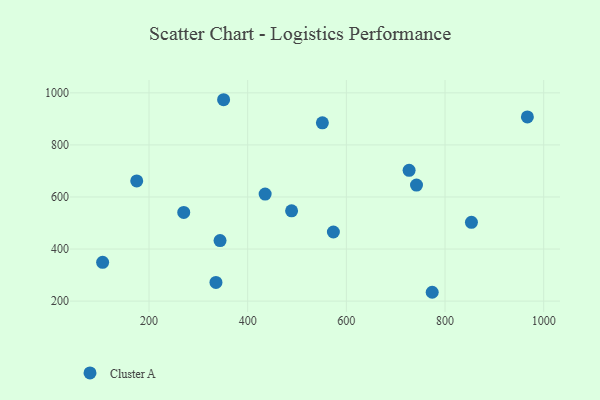
{"axis": {"x": "Ad Spend", "y": "Yield"}, "legend": ["Cluster A"], "data": [{"x": "270.4", "y": 540.8, "type": "Cluster A"}, {"x": "435.4", "y": 611.1, "type": "Cluster A"}, {"x": "774.0", "y": 233.9, "type": "Cluster A"}, {"x": "551.4", "y": 884.8, "type": "Cluster A"}, {"x": "727.2", "y": 702.2, "type": "Cluster A"}, {"x": "351.2", "y": 973.6, "type": "Cluster A"}, {"x": "489.0", "y": 546.7, "type": "Cluster A"}, {"x": "335.7", "y": 271.6, "type": "Cluster A"}, {"x": "573.7", "y": 465.5, "type": "Cluster A"}, {"x": "106.0", "y": 348.8, "type": "Cluster A"}, {"x": "853.5", "y": 502.6, "type": "Cluster A"}, {"x": "966.9", "y": 907.7, "type": "Cluster A"}, {"x": "175.1", "y": 661.8, "type": "Cluster A"}, {"x": "742.2", "y": 645.6, "type": "Cluster A"}, {"x": "344.0", "y": 432.4, "type": "Cluster A"}]}